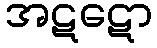
အဋဋော